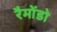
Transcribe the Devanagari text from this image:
रैमोंडो